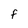
Character: F